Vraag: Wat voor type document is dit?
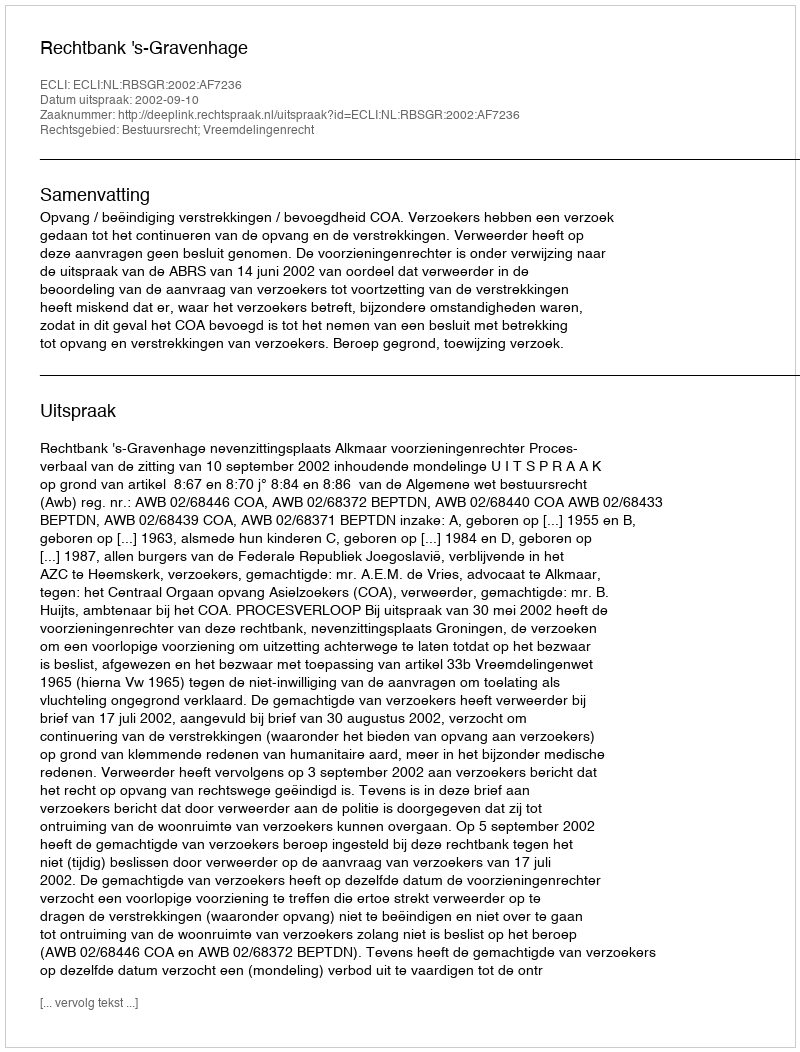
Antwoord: Uitspraak